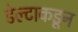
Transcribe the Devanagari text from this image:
डेल्टाकडून